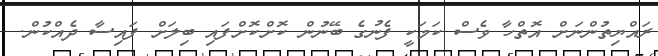
ރައްޔިތުންނަށް އޮތްހާ ވެސް ކަމަކީ ފެނުގެ ބޭނުން ކޮށްކޮށްފައި ބިލަށް ފައިސާ ދެއްކުން.